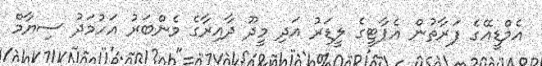
އެމްޑީއޭގެ ފަރާތުން އެޕާޓީގެ ލީޑަރު އަދި މީދޫ ދާއިރާގެ މެންބަރު އަހުމަދު ސިޔާމް